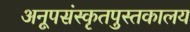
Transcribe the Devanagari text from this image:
अनूपसंस्कृतपुस्तकालय